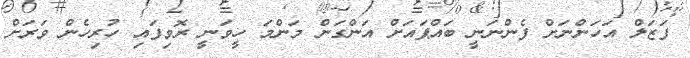
ފަޒަލް އަހަންނަށް ފެންނަނީ ބައްޕައަށް އަންގަން މަންމަ ހީވަނީ ރޮވިފައި ހުރިހެން ވަރަށް